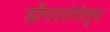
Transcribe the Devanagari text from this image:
डोंगररांगेतून